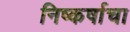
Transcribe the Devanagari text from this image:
निष्कर्षाचा